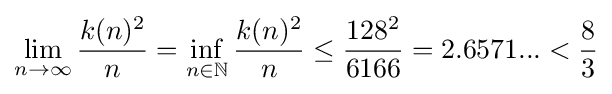
\lim _{n\to \infty }{\frac {k(n)^{2}}{n}}=\inf _{n\in \mathbb {N} }{\frac {k(n)^{2}}{n}}\leq {\frac {128^{2}}{6166}}=2.6571...<{\frac {8}{3}}